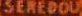
SENEDOU